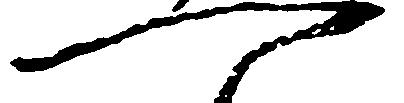
一